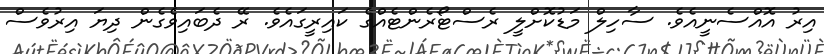
އިރު އޮއްސެނީއެވެ. ސާހިލް މަޑުކޮށްލީ ރެސްޓޯރެންޓެއްގެ ކައިރީގައެވެ. ރޭ ދެބައިވެގެން ދިޔަ އިރުވެސް